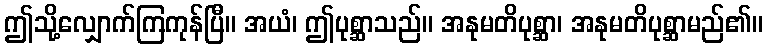
ဤသို့လျှောက်ကြကုန်ပြီ။ အယံ၊ ဤပုစ္ဆာသည်။ အနုမတိပုစ္ဆာ၊ အနုမတိပုစ္ဆာမည်၏။